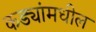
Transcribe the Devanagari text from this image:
कड्यांमधील